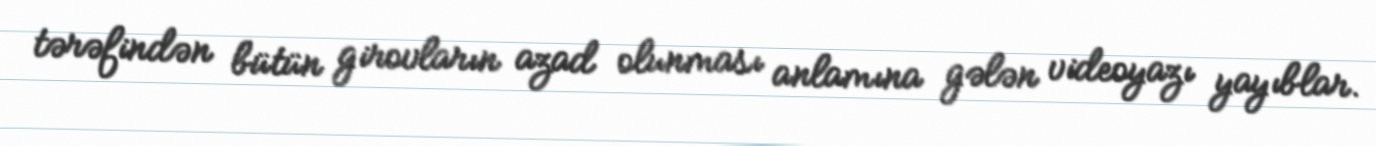
tərəfindən bütün girovların azad olunması anlamına gələn videoyazı yayıblar.